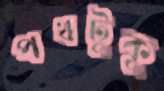
পথটুকু